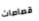
قصاصات